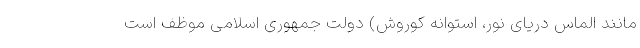
مانند الماس دریای نور، استوانه کوروش) دولت جمهوری اسلامی موظف است